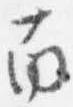
南